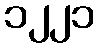
၁၂၂၁